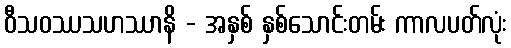
ဝီသဝဿသဟဿာနိ - အနှစ် နှစ်သောင်းတမ်း ကာလပတ်လုံး